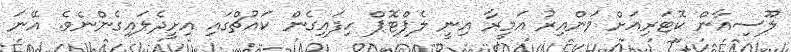
ލޫސިއާން ކޮޓަރިއަށް ވަންއިރު އަމީރާ އިނީ ލެޕްޓޮޕް ހިފައިގެން ކައުޗްގައި އިށީދެލައިގެންނެވެ. އޭނަ